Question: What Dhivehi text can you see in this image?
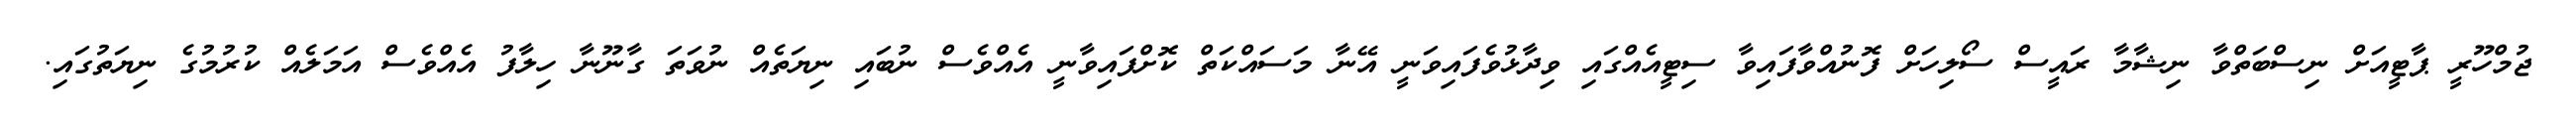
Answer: ޖުމްހޫރީ ޕާޓީއަށް ނިސްބަތްވާ ނިޝާމާ ރައީސް ސޯލިހަށް ފޮނުއްވާފައިވާ ސިޓީއެއްގައި ވިދާޅުވެފައިވަނީ އޭނާ މަސައްކަތް ކޮށްފައިވާނީ އެއްވެސް ނުބައި ނިޔަތެއް ނުވަތަ ގާނޫނާ ހިލާފު އެއްވެސް އަމަލެއް ކުރުމުގެ ނިޔަތުގައި.